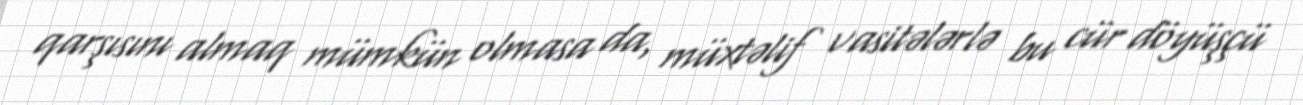
qarşısını almaq mümkün olmasa da, müxtəlif vasitələrlə bu cür döyüşçü